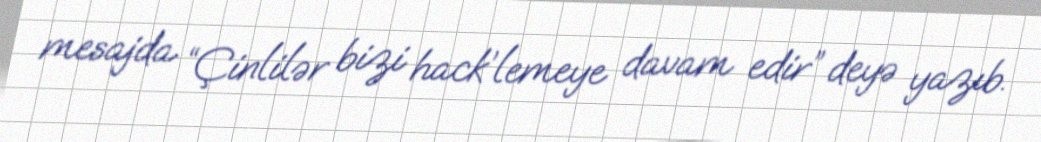
mesajda “Çinlilər bizi hack’lemeye davam edir” deyə yazıb.